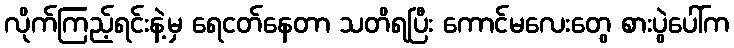
လိုက်ကြည့်ရင်းနဲ့မှ ရေငတ်နေတာ သတိရပြီး ကောင်မလေးတွေ စားပွဲပေါ်က